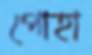
পোহা